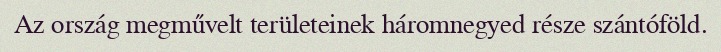
Az ország megművelt területeinek háromnegyed része szántóföld.